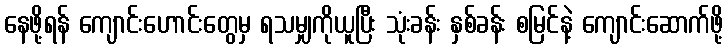
နေဖို့ရန် ကျောင်းဟောင်းတွေမှ ရသမျှကိုယူပြီး သုံးခန်း နှစ်ခန်း စမြင်နဲ့ ကျောင်းဆောက်ဖို့